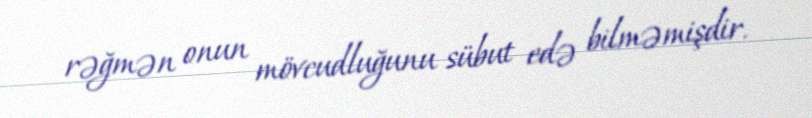
rəğmən onun mövcudluğunu sübut edə bilməmişdir.